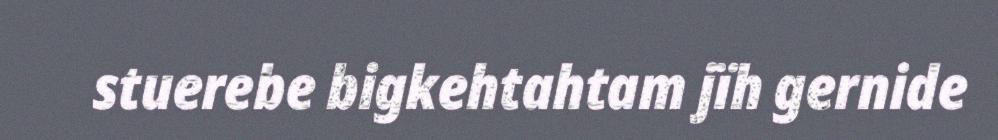
stuerebe bigkehtahtam jïh gernide